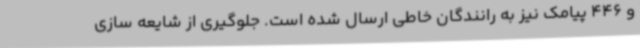
و 446 پیامک نیز به رانندگان خاطی ارسال شده است. جلوگیری از شایعه سازی